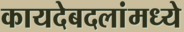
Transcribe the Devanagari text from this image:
कायदेबदलांमध्ये